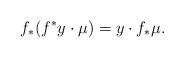
LaTeX: \begin{align*} f_*(f^* y \cdot \mu) = y\cdot f_*\mu.\end{align*}